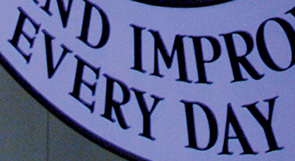
EVERY DAY